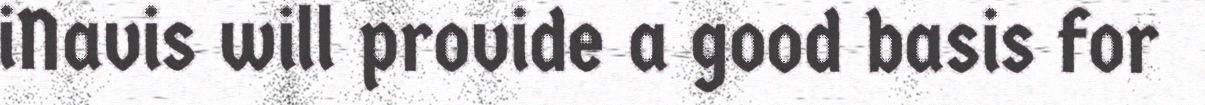
iNavis will provide a good basis for